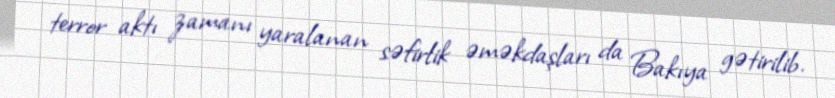
terror aktı zamanı yaralanan səfirlik əməkdaşları da Bakıya gətirilib.